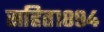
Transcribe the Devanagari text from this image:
सहित१८९४